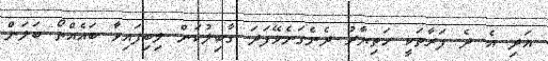
އަދި އެ ދެ ފަރާތަކީ ހަތިޔާރު ދެނެގަނެވޭފަދަ ގާބިލުކަން ލިބިފައިވާ ބައެއްތޯ ބަލަން